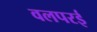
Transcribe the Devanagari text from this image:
वलपरई